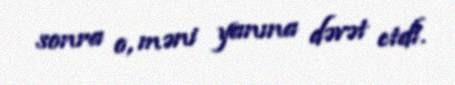
sonra o, məni yanına dəvət etdi.